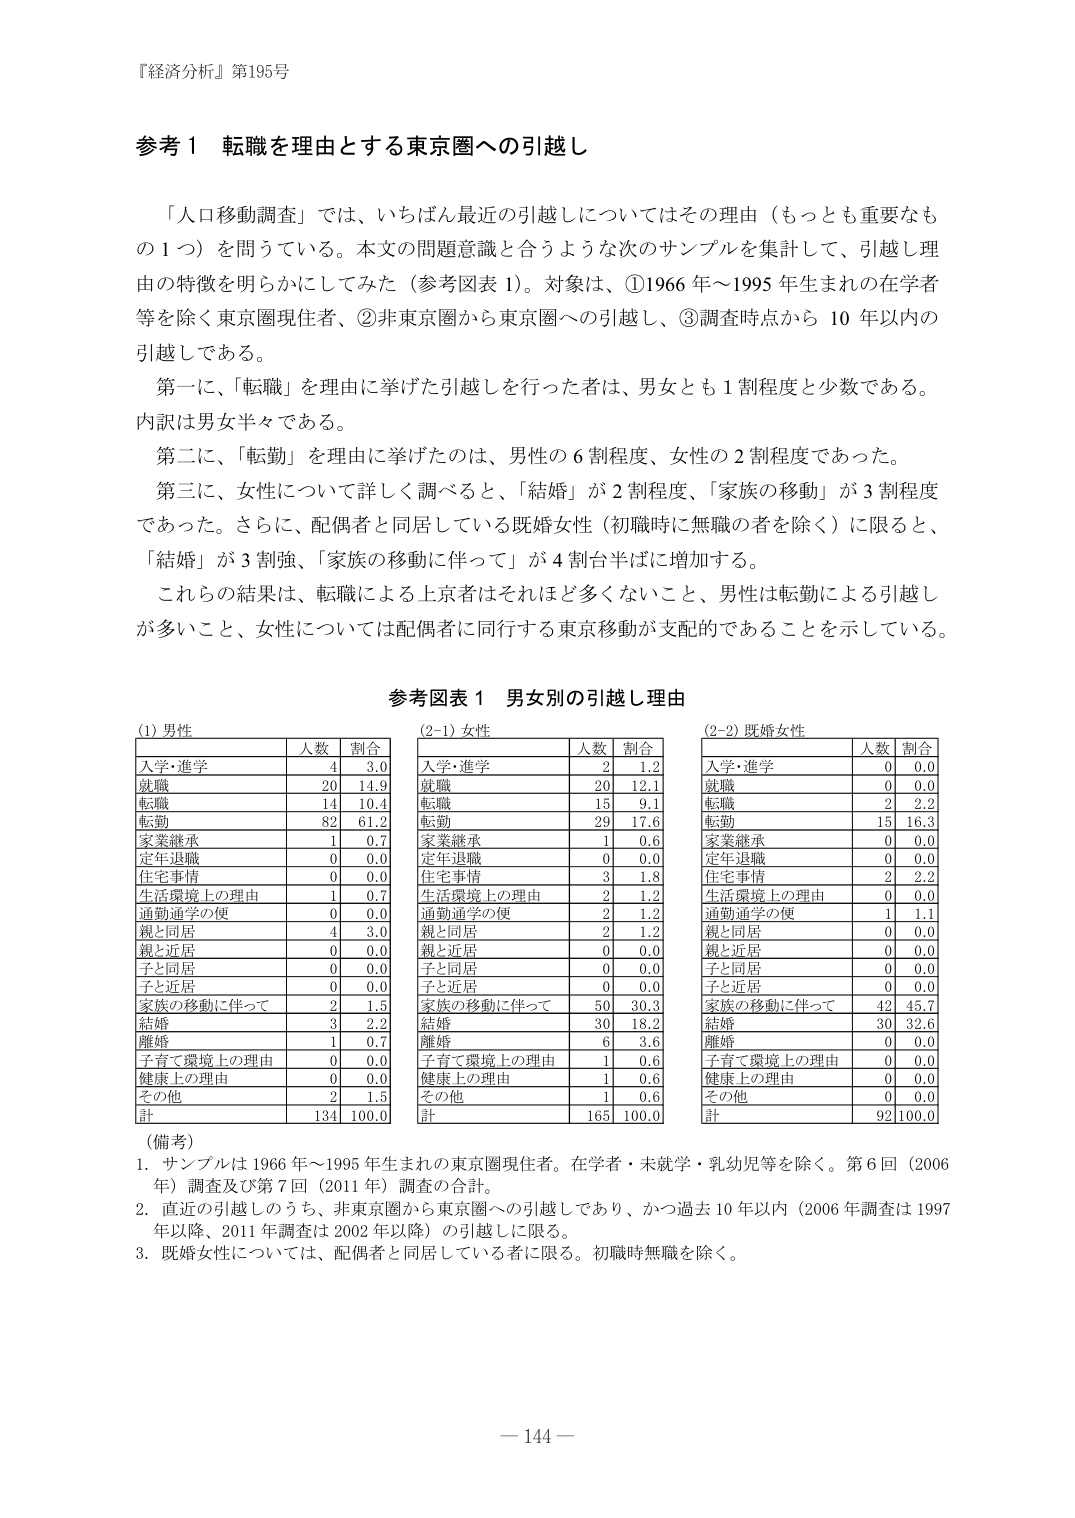
『経済分析』第195号

参考１ 転職を理由とする東京圏への引越し

「人口移動調査」では、いちばん最近の引越しについてはその理由（もっとも重要なも の１つ）を問うている。本文の問題意識と合うような次のサンプルを集計して、引越し理 由の特徴を明らかにしてみた（参考図表１）。対象は、①1966年～1995年生まれの在学者 等を除く東京圏現住者、②非東京圏から東京圏への引越し、③調査時点から10年以内の 引越しである。

第一に、「転職」を理由に挙げた引越しを行った者は、男女とも１割程度と少数である。 内訳は男女半々である。

第二に、「転勤」を理由に挙げたのは、男性の６割程度、女性の２割程度であった。

第三に、女性について詳しく調べると、「結婚」が２割程度、「家族の移動」が３割程度 であった。さらに、配偶者と同居している既婚女性（初職時に無職の者を除く）に限ると、 「結婚」が３割強、「家族の移動に伴って」が４割台半ばに増加する。

これらの結果は、転職による上京者はそれほど多くないこと、男性は転勤による引越し が多いこと、女性については配偶者に同行する東京移動が支配的であることを示している。

参考図表１ 男女別の引越し理由

(1) 男性
入学・進学 4 3.0
就職 20 14.9
転職 14 10.4
転勤 82 61.2
家業継承 1 0.7
定年退職 0 0.0
住宅事情 0 0.0
生活環境上の理由 1 0.7
通勤通学の便 0 0.0
親と同居 4 3.0
親と近居 0 0.0
子と同居 0 0.0
子と近居 0 0.0
家族の移動に伴って 2 1.5
結婚 3 2.2
離婚 1 0.7
子育て環境上の理由 0 0.0
健康上の理由 0 0.0
その他 2 1.5
計 134 100.0

(2-1) 女性
入学・進学 2 1.2
就職 20 12.1
転職 15 9.1
転勤 29 17.6
家業継承 1 0.6
定年退職 0 0.0
住宅事情 3 1.8
生活環境上の理由 2 1.2
通勤通学の便 2 1.2
親と同居 2 1.2
親と近居 0 0.0
子と同居 0 0.0
子と近居 0 0.0
家族の移動に伴って 50 30.3
結婚 30 18.2
離婚 6 3.6
子育て環境上の理由 1 0.6
健康上の理由 1 0.6
その他 1 0.6
計 165 100.0

(2-2) 既婚女性
入学・進学 0 0.0
就職 0 0.0
転職 2 2.2
転勤 15 16.3
家業継承 0 0.0
定年退職 0 0.0
住宅事情 2 2.2
生活環境上の理由 0 0.0
通勤通学の便 1 1.1
親と同居 0 0.0
親と近居 0 0.0
子と同居 0 0.0
子と近居 0 0.0
家族の移動に伴って 42 45.7
結婚 30 32.6
離婚 0 0.0
子育て環境上の理由 0 0.0
健康上の理由 0 0.0
その他 0 0.0
計 92 100.0

（備考）
1. サンプルは1966年～1995年生まれの東京圏現住者。在学者・未就学・乳幼児等を除く。第6回（2006 年）調査及び第7回（2011年）調査の合計。
2. 直近の引越しのうち、非東京圏から東京圏への引越しであり、かつ過去10年以内（2006年調査は1997 年以降、2011年調査は2002年以降）の引越しに限る。
3. 既婚女性については、配偶者と同居している者に限る。初職時無職を除く。

－144－